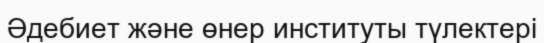
Әдебиет және өнер институты түлектері